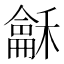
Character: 𮃰